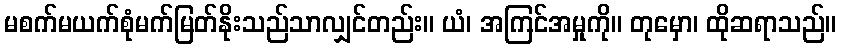
မစက်မယက်စုံမက်မြတ်နိုးသည်သာလျှင်တည်း။ ယံ၊ အကြင်အမှုကို။ တုမှော၊ ထိုဆရာသည်။